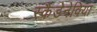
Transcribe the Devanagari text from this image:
स्कैडेनेविया